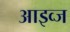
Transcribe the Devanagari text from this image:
आइव्ज